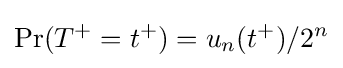
\Pr(T^{+}=t^{+})=u_{n}(t^{+})/2^{n}